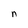
Character: n